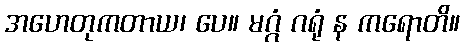
အဟေတုကတာယ၊ ပေ။ မဂ္ဂံ ဂရုံ န ကရောတိ။